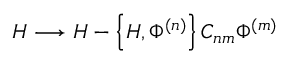
H \longrightarrow H - \left\{ H , \Phi ^ { ( n ) } \right\} C _ { n m } \Phi ^ { ( m ) }